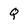
Character: Q